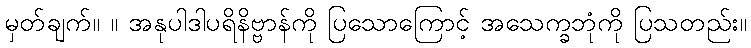
မှတ်ချက်။ ။ အနုပါဒါပရိနိဗ္ဗာန်ကို ပြသောကြောင့် အသေက္ခဘုံကို ပြသတည်း။